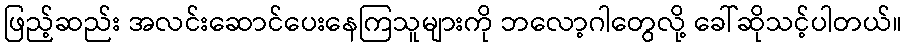
ဖြည့်ဆည်း အလင်းဆောင်ပေးနေကြသူများကို ဘလော့ဂါတွေလို့ ခေါ်ဆိုသင့်ပါတယ်။